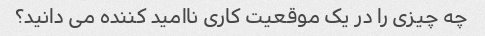
چه چیزی را در یک موقعیت کاری ناامید کننده می دانید؟